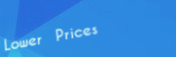
Lower Prices